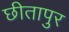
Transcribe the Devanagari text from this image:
छीतापुर